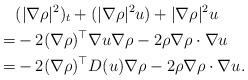
LaTeX: \begin{align*}&(|\nabla \rho|^2)_t+(|\nabla \rho|^2u)+|\nabla \rho|^2u\\=&-2 (\nabla \rho)^\top \nabla u \nabla \rho-2 \rho \nabla \rho \cdot \nabla u\\=&-2 (\nabla \rho)^\top D(u) \nabla \rho-2 \rho \nabla \rho \cdot \nabla u.\end{align*}